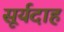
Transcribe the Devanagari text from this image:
सूर्यदाह